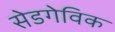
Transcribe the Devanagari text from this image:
सेडगेविक